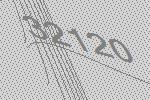
32120